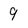
Character: 9